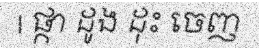
| ផ្កា ដូង ដុះ ចេញ